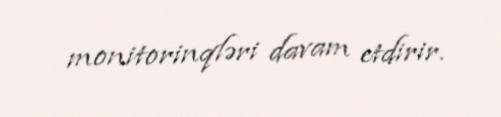
monitorinqləri davam etdirir.